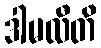
ဒါမလီတိ